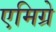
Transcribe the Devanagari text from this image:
एमिग्रे